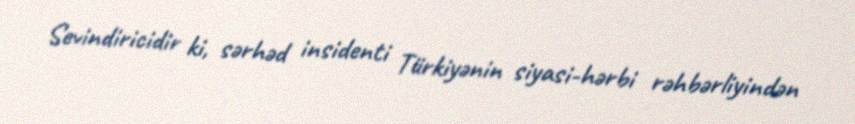
Sevindiricidir ki, sərhəd insidenti Türkiyənin siyasi-hərbi rəhbərliyindən